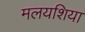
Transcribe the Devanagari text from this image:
मलयशिया